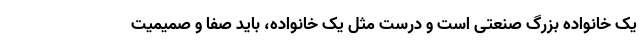
یک خانواده بزرگ صنعتی است و درست مثل یک خانواده، باید صفا و صمیمیت